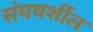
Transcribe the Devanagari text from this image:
संघषर्शील